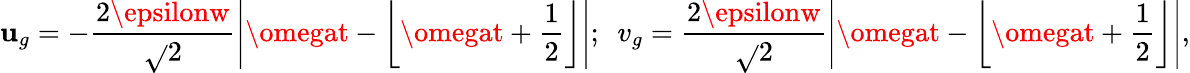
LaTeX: \mathbf{u}_{g}=-\frac{{2\epsilonw}}{{\sqrt{}{{2}}}}\left|\omegat-\left\lfloor\omegat+\frac{{1}}{{2}}\right\rfloor\right|;\ \ v_{g}=\frac{{2\epsilonw}}{{\sqrt{}{{2}}}}\left|\omegat-\left\lfloor\omegat+\frac{{1}}{{2}}\right\rfloor\right|,